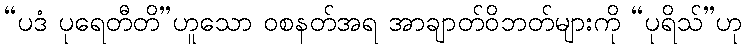
“ပဒံ ပုရေတီတိ”ဟူသော ဝစနတ်အရ အာချာတ်ဝိဘတ်များကို “ပုရိသ်”ဟု